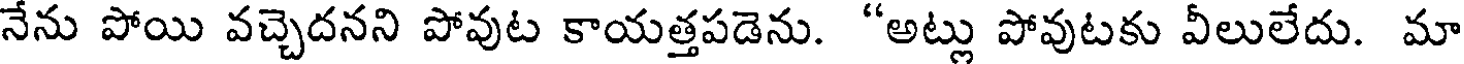
నేను పోయి వచ్చెదనని పోవుట కాయత్తపడెను. "అట్లు పోవుటకు వీలులేదు. మా